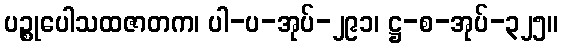
ပဉ္စုပေါသထဇာတက၊ ပါ-ပ-အုပ်-၂၉၁၊ ဋ္ဌ-စ-အုပ်-၃၂၅။